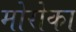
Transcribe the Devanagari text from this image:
मोरोका